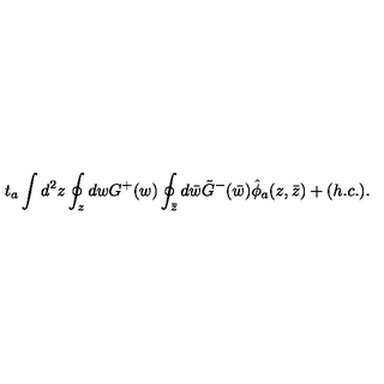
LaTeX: t _ { a } \int d ^ { 2 } z \oint _ { z } d w G ^ { + } ( w ) \oint _ { \bar { z } } d \bar { w } \tilde { G } ^ { - } ( \bar { w } ) \hat { \phi } _ { a } ( z , \bar { z } ) + ( h . c . ) .